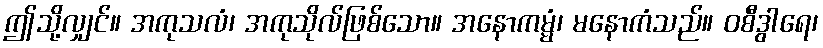
ဤသို့လျှင်။ အကုသလံ၊ အကုသိုလ်ဖြစ်သော။ အနောကမ္မံ၊ မနောကံသည်။ ဝစီဒွါရေ၊